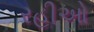
રહીઓ